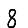
Digit: 8